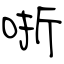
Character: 哳